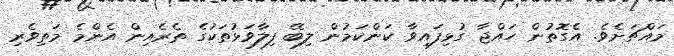
މައްޗަށެވެ. އެގޮތުން ހައްޖާ ގުޅިފައިވާ ކަންކަމުން ލިބޭ ފިލާވަޅުތަކުގެ ތެރެއިން އެންމެ މަތިވެރި